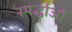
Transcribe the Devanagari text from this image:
स्पर्द्धाओं